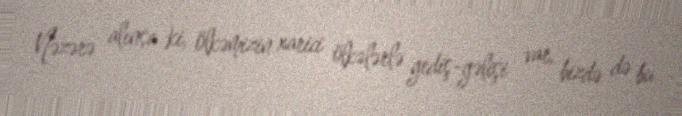
Nəzərə alınsa ki, ölkəmizin xarici ölkələrlə gediş-gəlişi var, bizdə də bu